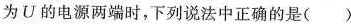
为U的电源两端时，下列说法中正确的是()